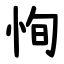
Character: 恂